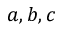
a , b , c